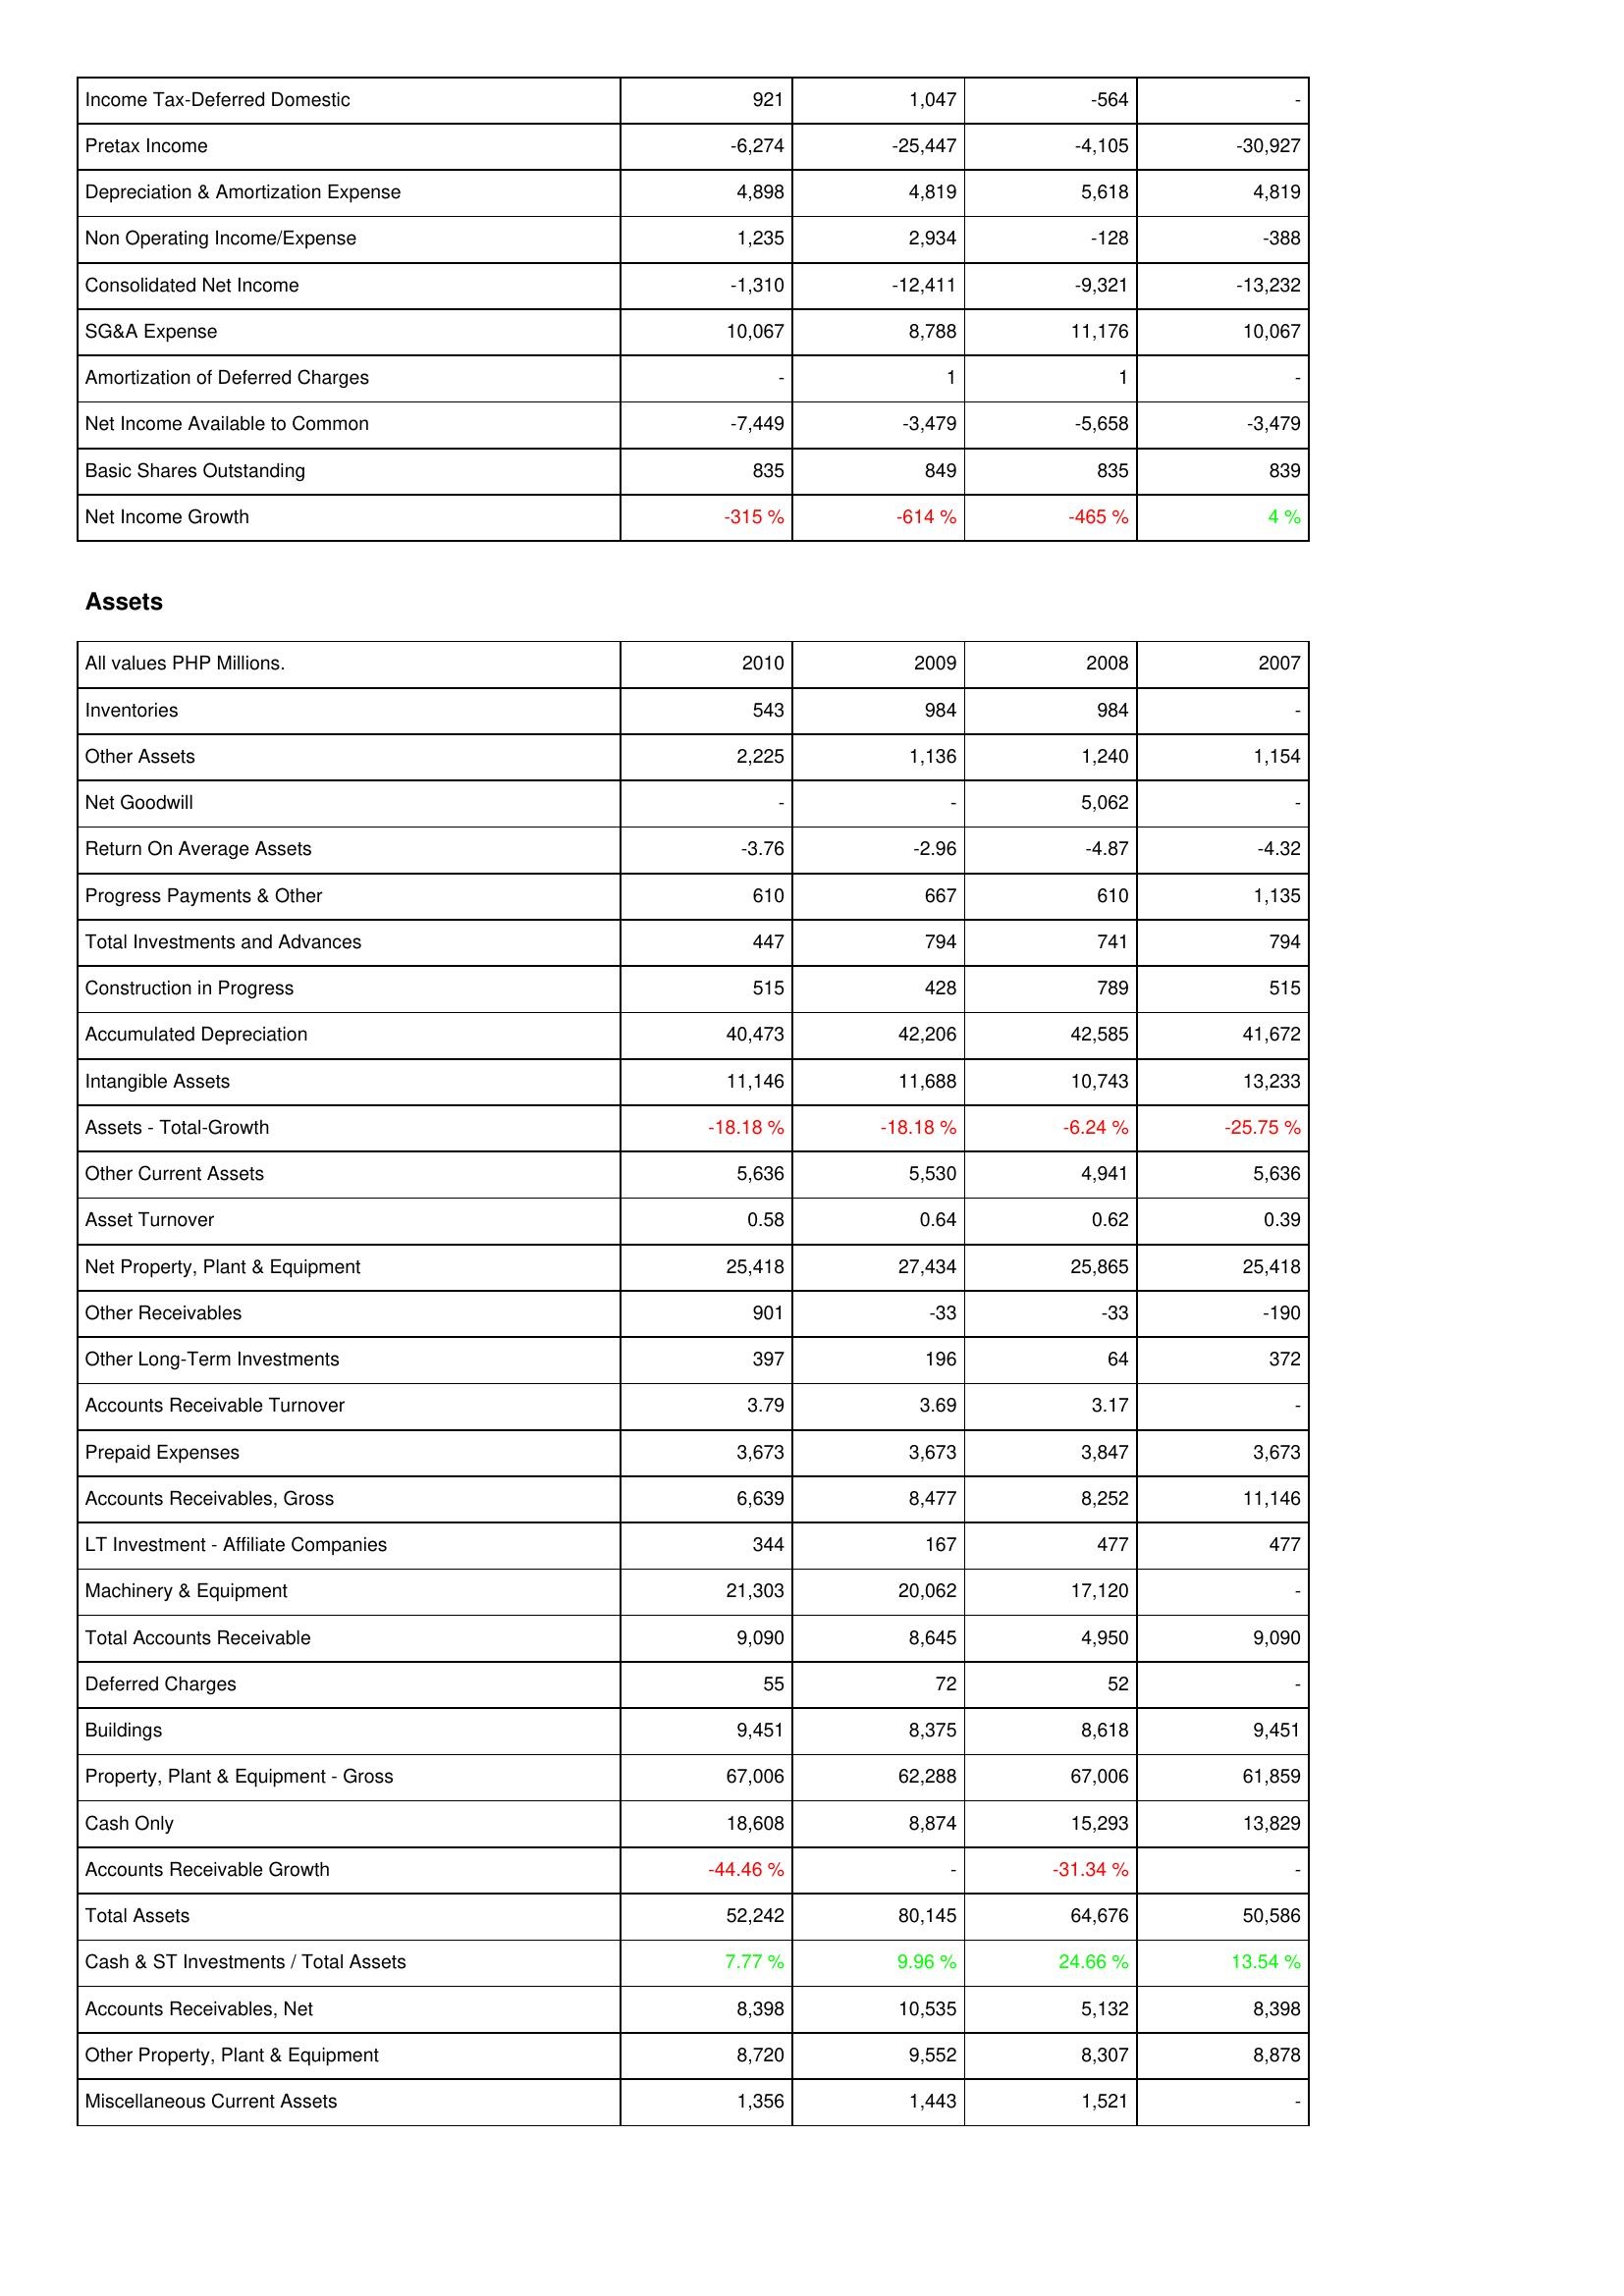
2010: Income Statement: Income Tax-Deferred Domestic: 921
Pretax Income: -6,274
Depreciation & Amortization Expense: 4,898
Non Operating Income/Expense: 1,235
Consolidated Net Income: -1,310
SG&A Expense: 10,067
Amortization of Deferred Charges: -
Net Income Available to Common: -7,449
Basic Shares Outstanding: 835
Net Income Growth: -315 %
Assets: Inventories: 543
Other Assets: 2,225
Net Goodwill: -
Return On Average Assets: -3.76
Progress Payments & Other: 610
Total Investments and Advances: 447
Construction in Progress: 515
Accumulated Depreciation: 40,473
Intangible Assets: 11,146
Assets - Total-Growth: -18.18 %
Other Current Assets: 5,636
Asset Turnover: 0.58
Net Property, Plant & Equipment: 25,418
Other Receivables: 901
Other Long-Term Investments: 397
Accounts Receivable Turnover: 3.79
Prepaid Expenses: 3,673
Accounts Receivables, Gross: 6,639
LT Investment - Affiliate Companies: 344
Machinery & Equipment: 21,303
Total Accounts Receivable: 9,090
Deferred Charges: 55
Buildings: 9,451
Property, Plant & Equipment - Gross: 67,006
Cash Only: 18,608
Accounts Receivable Growth: -44.46 %
Total Assets: 52,242
Cash & ST Investments / Total Assets: 7.77 %
Accounts Receivables, Net: 8,398
Other Property, Plant & Equipment: 8,720
Miscellaneous Current Assets: 1,356
2009: Income Statement: Income Tax-Deferred Domestic: 1,047
Pretax Income: -25,447
Depreciation & Amortization Expense: 4,819
Non Operating Income/Expense: 2,934
Consolidated Net Income: -12,411
SG&A Expense: 8,788
Amortization of Deferred Charges: 1
Net Income Available to Common: -3,479
Basic Shares Outstanding: 849
Net Income Growth: -614 %
Assets: Inventories: 984
Other Assets: 1,136
Net Goodwill: -
Return On Average Assets: -2.96
Progress Payments & Other: 667
Total Investments and Advances: 794
Construction in Progress: 428
Accumulated Depreciation: 42,206
Intangible Assets: 11,688
Assets - Total-Growth: -18.18 %
Other Current Assets: 5,530
Asset Turnover: 0.64
Net Property, Plant & Equipment: 27,434
Other Receivables: -33
Other Long-Term Investments: 196
Accounts Receivable Turnover: 3.69
Prepaid Expenses: 3,673
Accounts Receivables, Gross: 8,477
LT Investment - Affiliate Companies: 167
Machinery & Equipment: 20,062
Total Accounts Receivable: 8,645
Deferred Charges: 72
Buildings: 8,375
Property, Plant & Equipment - Gross: 62,288
Cash Only: 8,874
Accounts Receivable Growth: -
Total Assets: 80,145
Cash & ST Investments / Total Assets: 9.96 %
Accounts Receivables, Net: 10,535
Other Property, Plant & Equipment: 9,552
Miscellaneous Current Assets: 1,443
2008: Income Statement: Income Tax-Deferred Domestic: -564
Pretax Income: -4,105
Depreciation & Amortization Expense: 5,618
Non Operating Income/Expense: -128
Consolidated Net Income: -9,321
SG&A Expense: 11,176
Amortization of Deferred Charges: 1
Net Income Available to Common: -5,658
Basic Shares Outstanding: 835
Net Income Growth: -465 %
Assets: Inventories: 984
Other Assets: 1,240
Net Goodwill: 5,062
Return On Average Assets: -4.87
Progress Payments & Other: 610
Total Investments and Advances: 741
Construction in Progress: 789
Accumulated Depreciation: 42,585
Intangible Assets: 10,743
Assets - Total-Growth: -6.24 %
Other Current Assets: 4,941
Asset Turnover: 0.62
Net Property, Plant & Equipment: 25,865
Other Receivables: -33
Other Long-Term Investments: 64
Accounts Receivable Turnover: 3.17
Prepaid Expenses: 3,847
Accounts Receivables, Gross: 8,252
LT Investment - Affiliate Companies: 477
Machinery & Equipment: 17,120
Total Accounts Receivable: 4,950
Deferred Charges: 52
Buildings: 8,618
Property, Plant & Equipment - Gross: 67,006
Cash Only: 15,293
Accounts Receivable Growth: -31.34 %
Total Assets: 64,676
Cash & ST Investments / Total Assets: 24.66 %
Accounts Receivables, Net: 5,132
Other Property, Plant & Equipment: 8,307
Miscellaneous Current Assets: 1,521
2007: Income Statement: Income Tax-Deferred Domestic: -
Pretax Income: -30,927
Depreciation & Amortization Expense: 4,819
Non Operating Income/Expense: -388
Consolidated Net Income: -13,232
SG&A Expense: 10,067
Amortization of Deferred Charges: -
Net Income Available to Common: -3,479
Basic Shares Outstanding: 839
Net Income Growth: 4 %
Assets: Inventories: -
Other Assets: 1,154
Net Goodwill: -
Return On Average Assets: -4.32
Progress Payments & Other: 1,135
Total Investments and Advances: 794
Construction in Progress: 515
Accumulated Depreciation: 41,672
Intangible Assets: 13,233
Assets - Total-Growth: -25.75 %
Other Current Assets: 5,636
Asset Turnover: 0.39
Net Property, Plant & Equipment: 25,418
Other Receivables: -190
Other Long-Term Investments: 372
Accounts Receivable Turnover: -
Prepaid Expenses: 3,673
Accounts Receivables, Gross: 11,146
LT Investment - Affiliate Companies: 477
Machinery & Equipment: -
Total Accounts Receivable: 9,090
Deferred Charges: -
Buildings: 9,451
Property, Plant & Equipment - Gross: 61,859
Cash Only: 13,829
Accounts Receivable Growth: -
Total Assets: 50,586
Cash & ST Investments / Total Assets: 13.54 %
Accounts Receivables, Net: 8,398
Other Property, Plant & Equipment: 8,878
Miscellaneous Current Assets: -